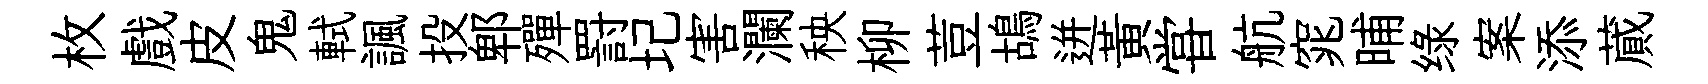
枚戲皮鬼軾諷投郫殫罸圮害瀾秧柳荳鴣迸黄甞航窕晡绿案添蕆